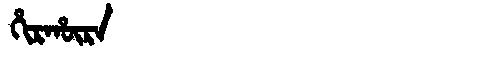
Manchu: ᡥᡳᡵᡥᡡᡵᠠ
Romanization: HIRHŪRA